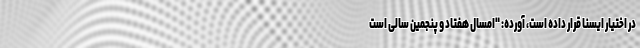
در اختیار ایسنا قرار داده است، آورده: "امسال هفتاد و پنجمین سالی است